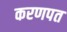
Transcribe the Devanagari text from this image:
करणपत